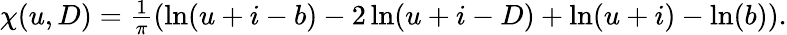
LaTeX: \begin{array}{r}{\chi(u,D)=\frac{1}{\pi}\left(\ln(u+i-b)-2\ln(u+i-D)+\ln(u+i)-\ln(b)\right).}\end{array}